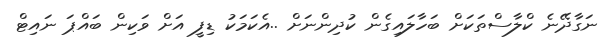
ނަގާދޭނެ ކްލާސްތަކަށް ބަހާލައިގެން ކުދިންނަށް ..އެކަމަކު ޑިފީ އަށް ވަކިން ބައްޕަ ނައިޓް